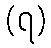
(၇)